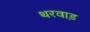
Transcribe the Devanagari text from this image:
थरवाड़